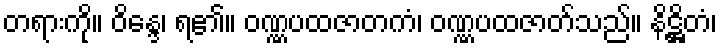
တရားကို။ ဝိန္ဒေ၊ ရ၏။ ဝဏ္ဏပထဇာတကံ၊ ဝဏ္ဏပထဇာတ်သည်။ နိဋ္ဌိတံ၊